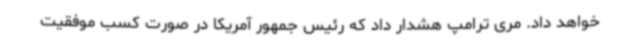
خواهد داد. مری ترامپ هشدار داد که رئیس جمهور آمریکا در صورت کسب موفقیت